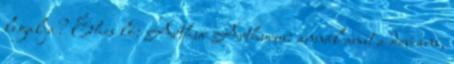
legalja? Éhes ló: Arthur Arthurus: annál amit a deviáns,